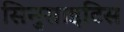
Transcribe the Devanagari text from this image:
सिनुसाइटिस